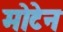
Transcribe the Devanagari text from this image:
मोटेन